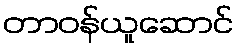
တာဝန်ယူဆောင်